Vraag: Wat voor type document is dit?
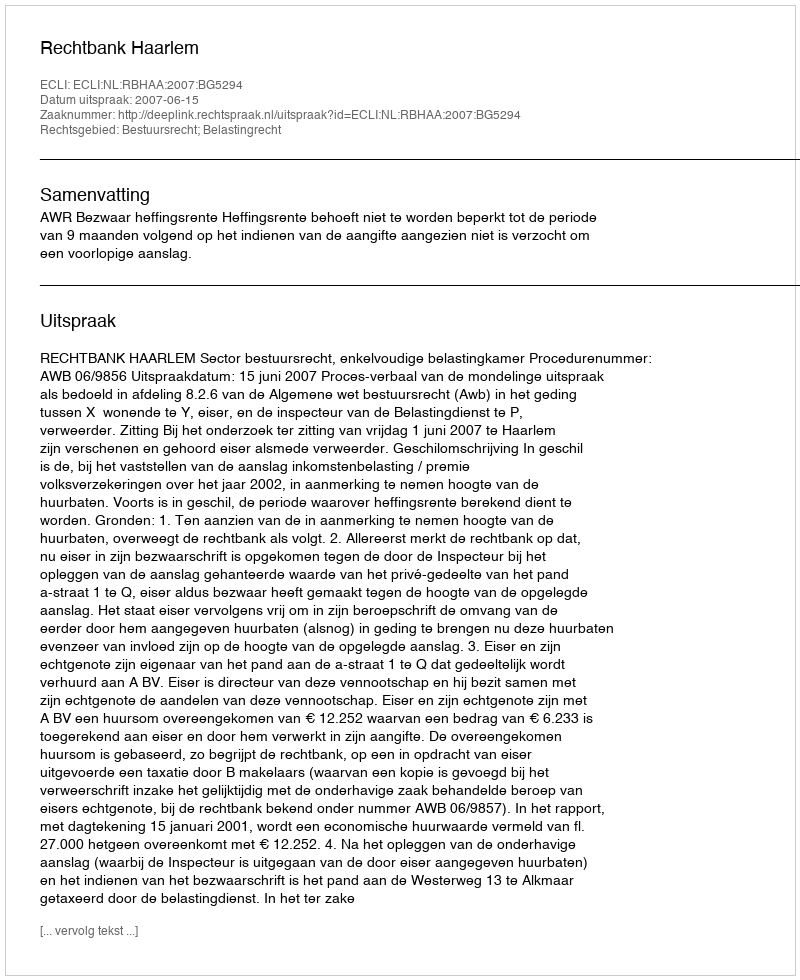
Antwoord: Uitspraak